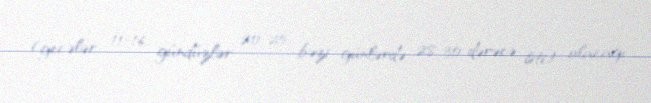
(gecələr 11-16, gündüzlər 20-25, bəzi günlərdə 28-30 dərəcə isti) olacağı